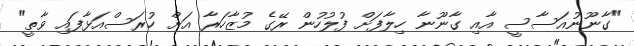
"ގާނޫނުއަސާސީ އާއި ގާނޫނާ ހިލާފަށް ފުލުހުން ރޭގެ މުޒާހަރާ އަށް ހުރަސްއަޅާފައި ވާތީ"